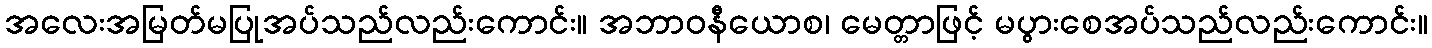
အလေးအမြတ်မပြုအပ်သည်လည်းကောင်း။ အဘာဝနီယောစ၊ မေတ္တာဖြင့် မပွားစေအပ်သည်လည်းကောင်း။